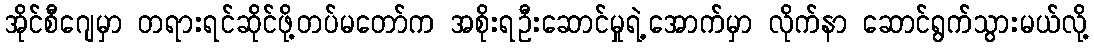
အိုင်စီဂျေမှာ တရားရင်ဆိုင်ဖို့တပ်မတော်က အစိုးရဦးဆောင်မှုရဲ့အောက်မှာ လိုက်နာ ဆောင်ရွက်သွားမယ်လို့